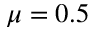
\mu = 0 . 5